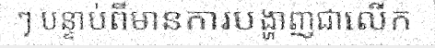
ៗ បន្ទាប់ពីមានការបង្ហាញជាលើក